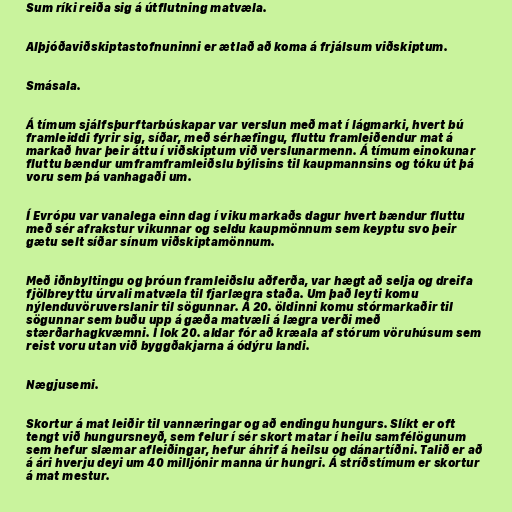
Sum ríki reiða sig á útflutning matvæla.

Alþjóðaviðskiptastofnuninni er ætlað að koma á frjálsum viðskiptum.

Smásala.

Á tímum sjálfsþurftarbúskapar var verslun með mat í lágmarki, hvert bú
framleiddi fyrir sig, síðar, með sérhæfingu, fluttu framleiðendur mat á
markað hvar þeir áttu í viðskiptum við verslunarmenn. Á tímum einokunar
fluttu bændur umframframleiðslu býlisins til kaupmannsins og tóku út þá
voru sem þá vanhagaði um.

Í Evrópu var vanalega einn dag í viku markaðs dagur hvert bændur fluttu
með sér afrakstur vikunnar og seldu kaupmönnum sem keyptu svo þeir
gætu selt síðar sínum viðskiptamönnum.

Með iðnbyltingu og þróun framleiðslu aðferða, var hægt að selja og dreifa
fjölbreyttu úrvali matvæla til fjarlægra staða. Um það leyti komu
nýlenduvöruverslanir til sögunnar. Á 20. öldinni komu stórmarkaðir til
sögunnar sem buðu upp á gæða matvæli á lægra verði með
stærðarhagkvæmni. Í lok 20. aldar fór að kræala af stórum vöruhúsum sem
reist voru utan við byggðakjarna á ódýru landi.

Nægjusemi.

Skortur á mat leiðir til vannæringar og að endingu hungurs. Slíkt er oft
tengt við hungursneyð, sem felur í sér skort matar í heilu samfélögunum
sem hefur slæmar afleiðingar, hefur áhrif á heilsu og dánartíðni. Talið er að
á ári hverju deyi um 40 milljónir manna úr hungri. Á stríðstímum er skortur
á mat mestur.